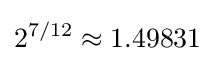
2^{7/12}\approx 1.49831